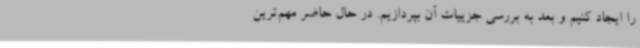
را ایجاد کنیم و بعد به بررسی جزییات آن بپردازیم. در حال حاضر مهم‌ترین